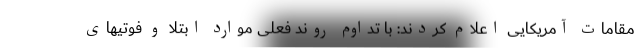
مقامات آمریکایی اعلام کردند: با تداوم روند فعلی موارد ابتلا و فوتیهای